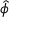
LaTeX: \boldsymbol { \hat { \phi } }